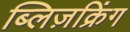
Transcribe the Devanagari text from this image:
ब्लिज़क्रिंग